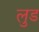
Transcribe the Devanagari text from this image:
लुड